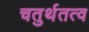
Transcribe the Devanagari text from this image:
चतुर्थतत्व